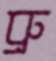
ব্রু